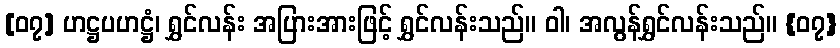
[၀၇] ဟဋ္ဌပဟဋ္ဌံ၊ ရွှင်လန်း အပြားအားဖြင့် ရွှင်လန်းသည်။ ဝါ၊ အလွန်ရွှင်လန်းသည်။ {၀၇}